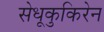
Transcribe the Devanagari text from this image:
सेधूकुकिरेन